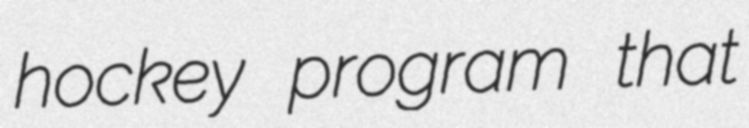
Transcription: hockey program that